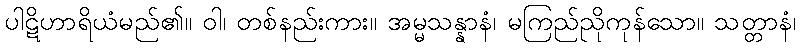
ပါဋိဟာရိယံမည်၏။ ဝါ၊ တစ်နည်းကား။ အမ္မသန္နာနံ၊ မကြည်ညိုကုန်သော။ သတ္တာနံ၊